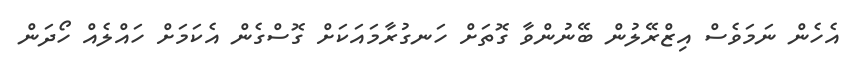
އެހެން ނަމަވެސް އިޒްރޭލުން ބޭނުންވާ ގޮތަށް ހަނގުރާމައަކަށް ގޮސްގެން އެކަމަށް ހައްލެއް ހޯދަން